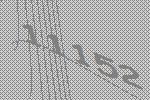
11152